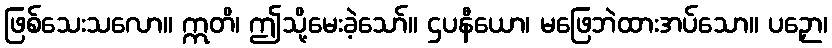
ဖြစ်သေးသလော။ ဣတိ၊ ဤသို့မေးခဲ့သော်။ ဌပနီယော၊ မဖြေဘဲထားအပ်သော။ ပဉှော၊